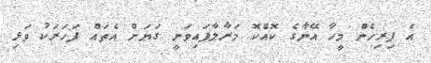
އެ ފިރިހެން މީހާ އޭނާގެ ކޮއްކޮ މަރާލާފައިވަނީ ގަޔަށް އެތައް ފަހަރަކު ވަޅި